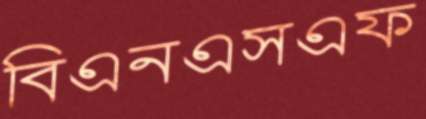
বিএনএসএফ